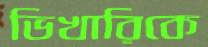
ভিখারিকে